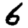
Digit: 6